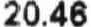
20.46